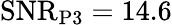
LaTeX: \mathrm{SNR}_{\mathrm{P3}}=14.6